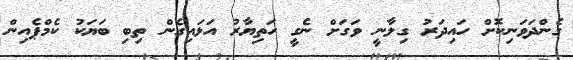
ގެންދަވަނިކޮށް ހައިދަރު ގިލާނީ ވަގަށް ނެގީ ހަތިޔާރު އަޅައިގެން ތިބި ބަޔަކު ކެމްޕެއިން